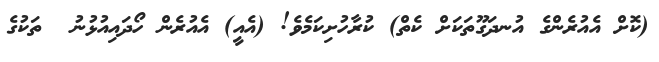
(ކޮށް އެއުރެންގެ އުނދަގޫތަކަށް ކެތް) ކުރާހުށިކަމެވެ! (އެއީ) އެއުރެން ހޯދައިއުޅުނު  ތަކުގެ